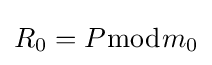
R_{0}=P{\bmod {m}}_{0}